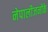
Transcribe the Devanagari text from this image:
नेपालीजनोंके